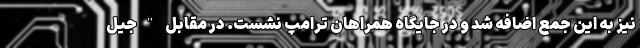
نیز به این جمع اضافه شد و در جایگاه همراهان ترامپ نشست. در مقابل "جیل